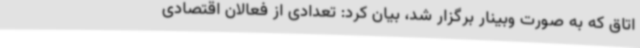
اتاق که به صورت وبینار برگزار شد، بیان کرد: تعدادی از فعالان اقتصادی